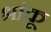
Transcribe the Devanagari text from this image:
श्रांकू